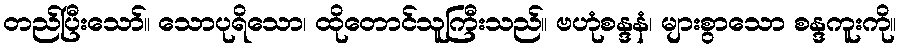
တည်ပြီးသော်။ သောပုရိသော၊ ထိုတောင်သူကြီးသည်။ ဗဟုံစန္ဒနံ၊ များစွာသော စန္ဒကူးကို။